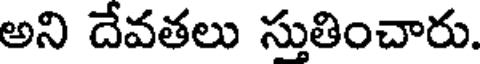
అని దేవతలు స్తుతించారు.